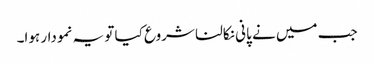
جب میں نے پانی نکالنا شروع کیا تو یہ نمودار ہوا۔